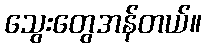
သွေးတွေအန်တယ်။